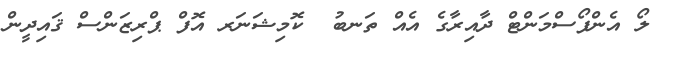
ލޯ އެންފޯސްމަންޓް ދާއިރާގެ އެއް ތަނބު  ކޮމިޝަނަރ އޮފް ޕްރިޒަންސް ޤައިދީން